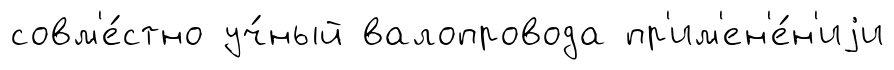
совм'е́стно уч́ный валопровода пр'им'ен'е́н'иjи